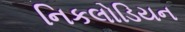
નિકલોડિયન